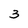
Character: 3